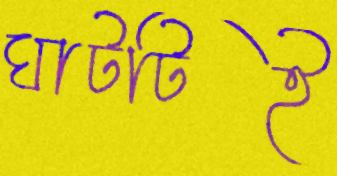
ঘাটটিই